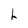
Character: h